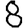
Digit: 8